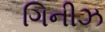
ગિનીઝ